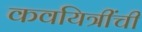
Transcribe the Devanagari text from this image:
कवयित्रींची